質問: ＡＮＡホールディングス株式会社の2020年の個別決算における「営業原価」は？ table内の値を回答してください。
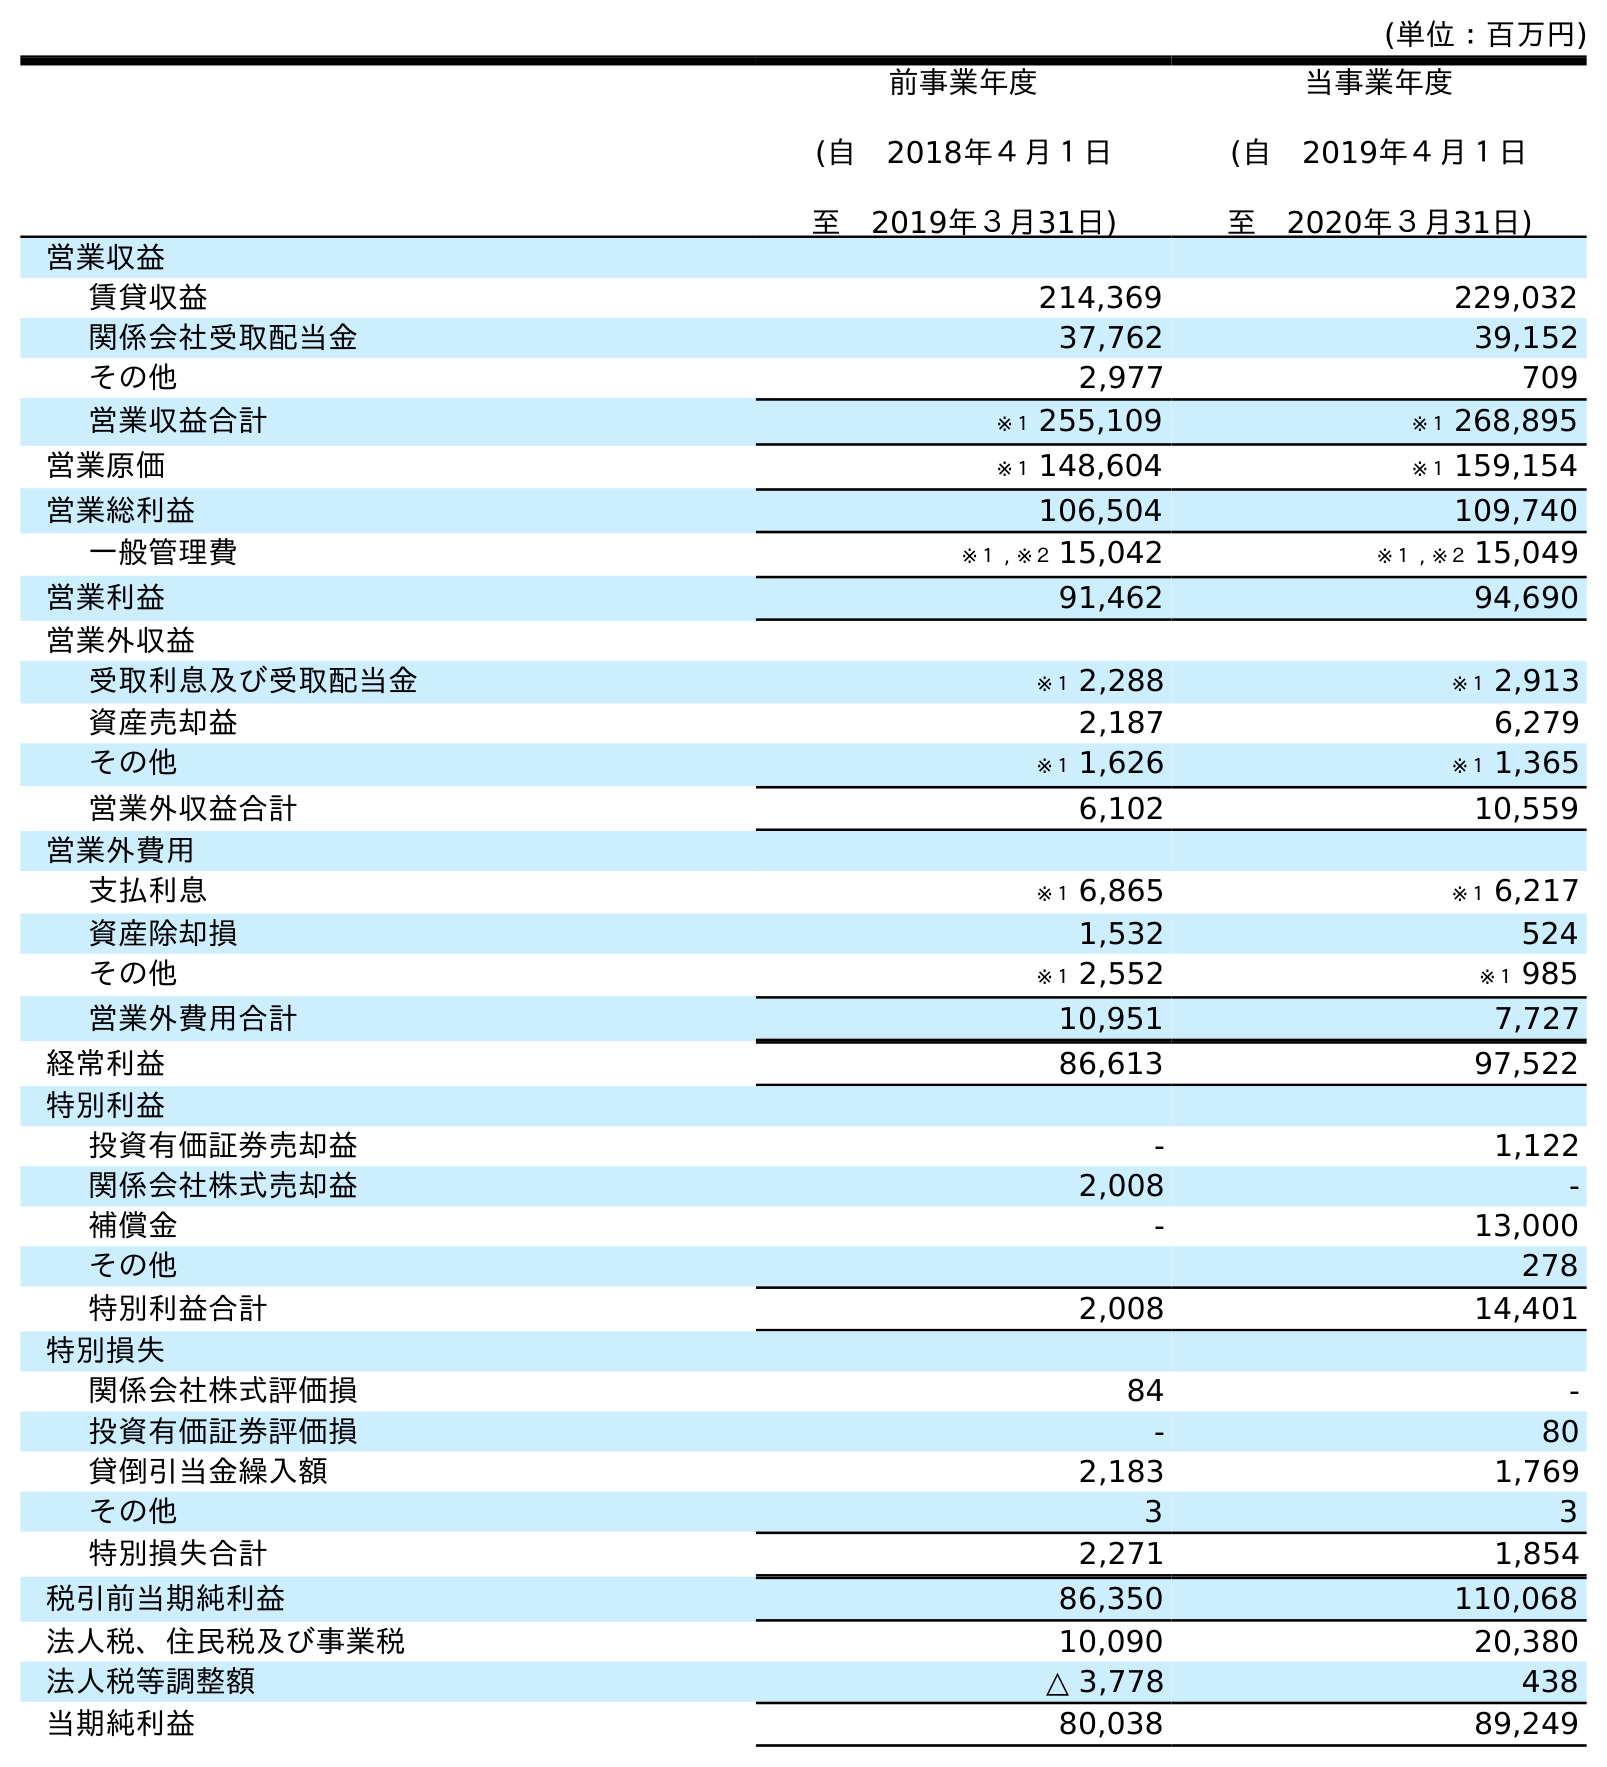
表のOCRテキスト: (単位：百万円) 前事業年度 (自 2018年４月１日 至 2019年３月31日) 当事業年度 (自 2019年４月１日 至 2020年３月31日) 営業収益 賃貸収益 214,369 229,032 関係会社受取配当金 37,762 39,152 その他 2,977 709 営業収益合計 ※１ 255,109 ※１ 268,895 営業原価 ※１ 148,604 ※１ 159,154 営業総利益 106,504 109,740 一般管理費 ※１ , ※２ 15,042 ※１ , ※２ 15,049 営業利益 91,462 94,690 営業外収益 受取利息及び受取配当金 ※１ 2,288 ※１ 2,913 資産売却益 2,187 6,279 その他 ※１ 1,626 ※１ 1,365 営業外収益合計 6,102 10,559 営業外費用 支払利息 ※１ 6,865 ※１ 6,217 資産除却損 1,532 524 その他 ※１ 2,552 ※１ 985 営業外費用合計 10,951 7,727 経常利益 86,613 97,522 特別利益 投資有価証券売却益 - 1,122 関係会社株式売却益 2,008 - 補償金 - 13,000 その他 278 特別利益合計 2,008 14,401 特別損失 関係会社株式評価損 84 - 投資有価証券評価損 - 80 貸倒引当金繰入額 2,183 1,769 その他 3 3 特別損失合計 2,271 1,854 税引前当期純利益 86,350 110,068 法人税、住民税及び事業税 10,090 20,380 法人税等調整額 △ 3,778 438 当期純利益 80,038 89,249
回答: ※１159,154